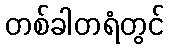
တစ်ခါတရံတွင်